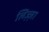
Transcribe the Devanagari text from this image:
लिज़्ज़ा